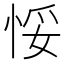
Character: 𢚶